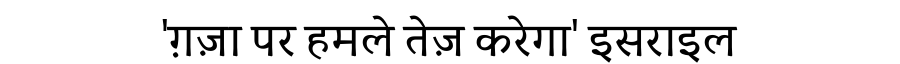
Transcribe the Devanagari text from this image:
'ग़ज़ा पर हमले तेज़ करेगा' इसराइल